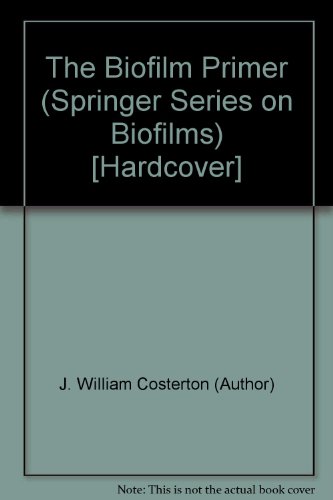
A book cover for The Biofilm Primer (Springer Series on Biofilms) [Hardcover]; Medical Books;